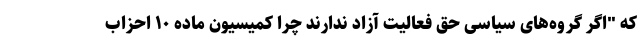
که "اگر گروه‌های سیاسی حق فعالیت آزاد ندارند چرا کمیسیون ماده ۱۰ احزاب